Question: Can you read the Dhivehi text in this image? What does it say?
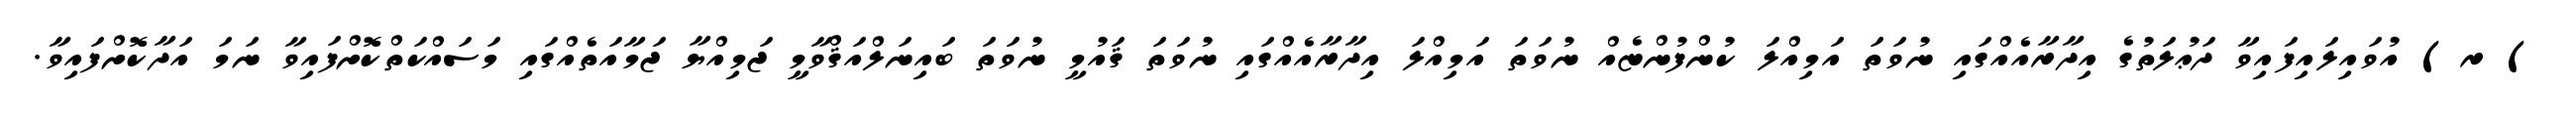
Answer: ) ރ) އުވައިލައިފައިވާ ދަޢުލަތުގެ އިދާރާއެއްގައި ނުވަތަ އަމިއްލަ ކުންފުންޏެއް ނުވަތަ އަމިއްލަ އިދާރާއެއްގައި ނުވަތަ ޤައުމީ ނުވަތަ ބައިނަލްއަޤްވާމީ ޖަމިއްޔާ ޖަމާއަތެއްގައި މަސައްކަތްކޮށްފައިވާ ނަމަ އަދާކޮށްފައިވާ.